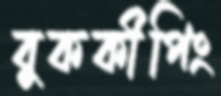
বুককীপিং